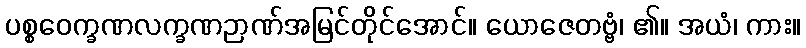
ပစ္စဝေက္ခဏလက္ခဏဉာဏ်အမြင်တိုင်အောင်။ ယောဇေတဗ္ဗံ၊ ၏။ အယံ၊ ကား။